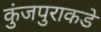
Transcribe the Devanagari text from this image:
कुंजपुराकडे